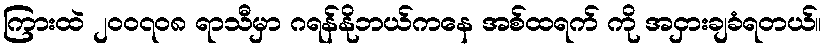
ကြားထဲ ၂၀၀၇၀၈ ရာသီမှာ ဂရန်နိုဘယ်ကနေ အစ်ထရက် ကို အငှားချခံရတယ်။